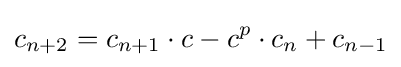
c_{n+2}=c_{n+1}\cdot c-c^{p}\cdot c_{n}+c_{n-1}